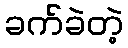
ခက်ခဲတဲ့